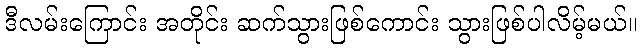
ဒီလမ်းကြောင်း အတိုင်း ဆက်သွားဖြစ်ကောင်း သွားဖြစ်ပါလိမ့်မယ်။